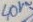
Text: 40V~